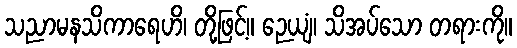
သညာမနသိကာရေဟိ၊ တို့ဖြင့်။ ဉေယျံ၊ သိအပ်သော တရားကို။